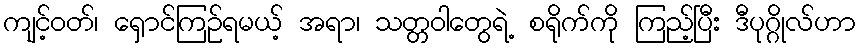
ကျင့်ဝတ်၊ ရှောင်ကြဉ်ရမယ့် အရာ၊ သတ္တဝါတွေရဲ့ စရိုက်ကို ကြည့်ပြီး ဒီပုဂ္ဂိုလ်ဟာ